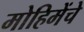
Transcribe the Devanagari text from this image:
मोहिमेंचे